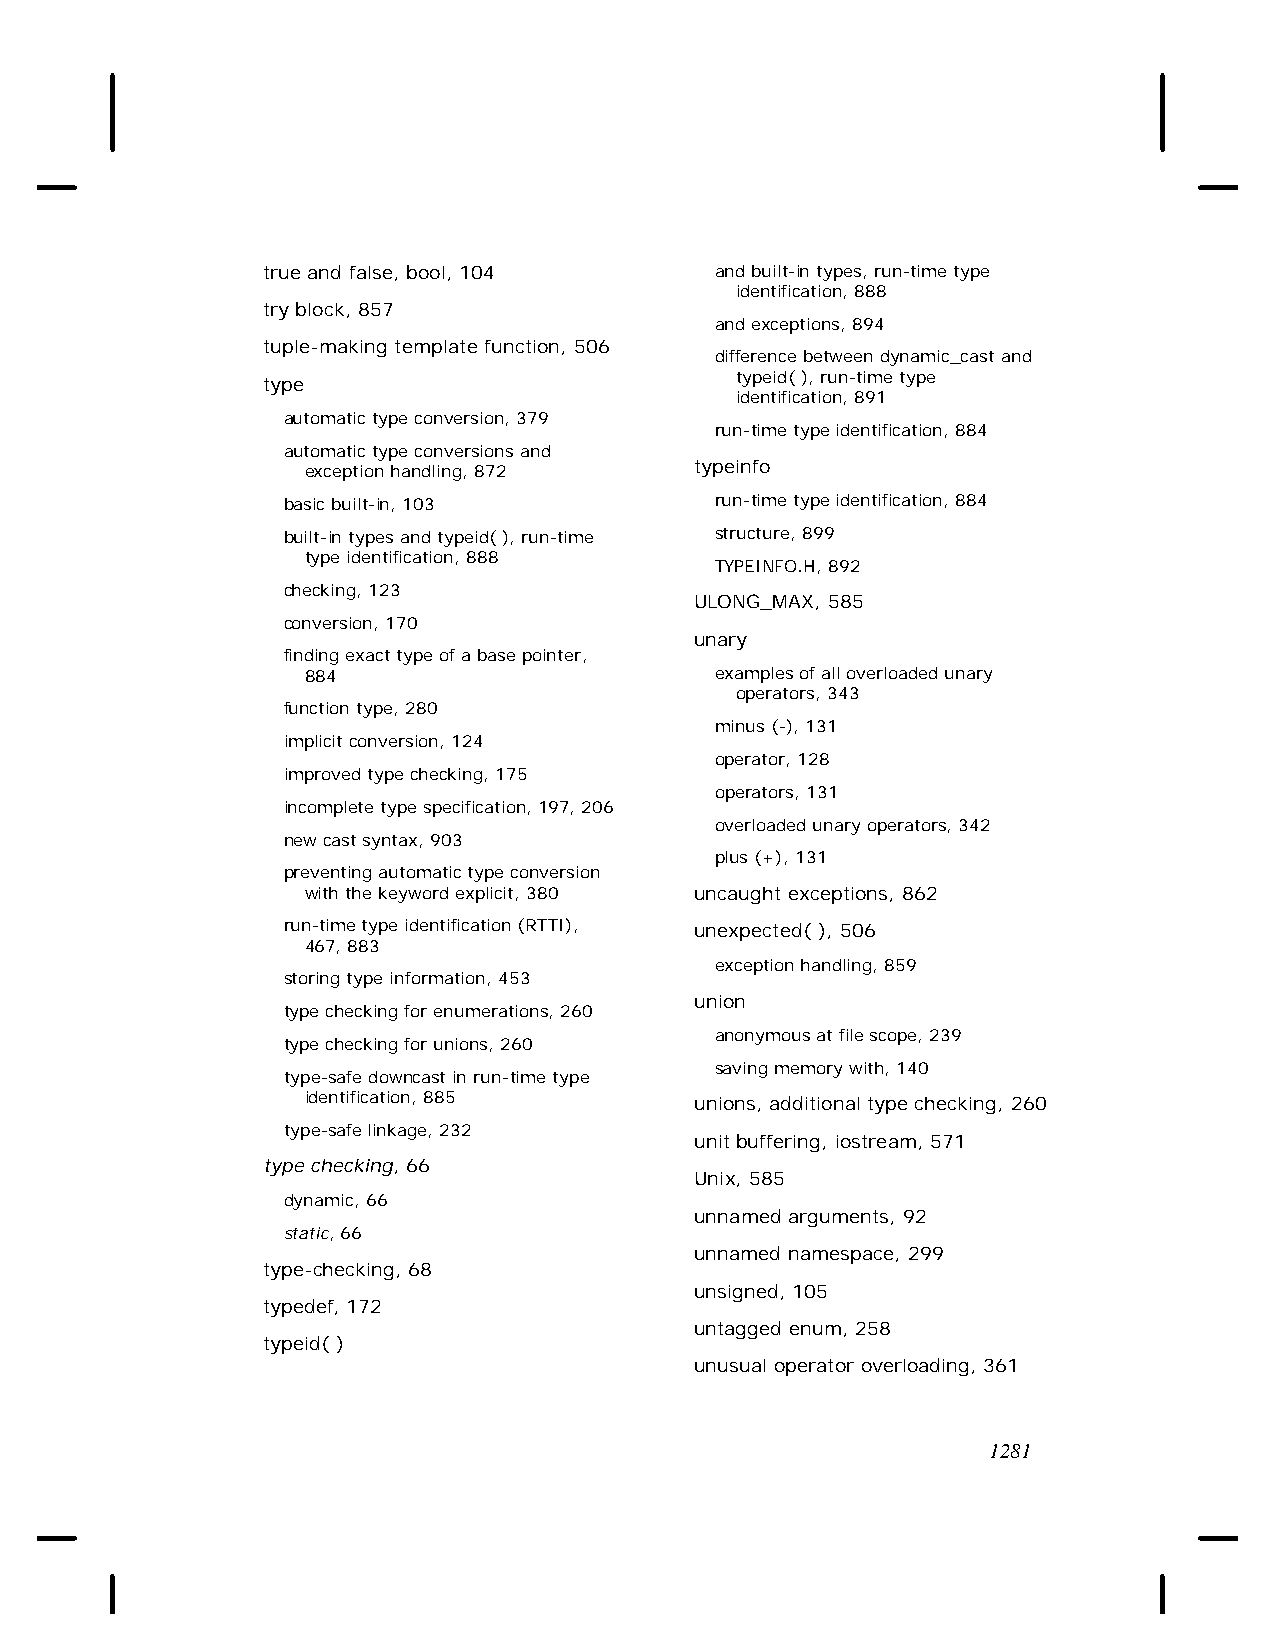
true and false, bool, 104     and built-in types, run-time type
 identification, 888
 try block, 857
 and exceptions, 894
 tuple-making template function, 506
 difference between dynamic_cast and
 typeid( ), run-time type
 type
 identification, 891
 automatic type conversion, 379
 run-time type identification, 884
 automatic type conversions and
 typeinfo
 exception handling, 872
 basic built-in, 103         run-time type identification, 884
 built-in types and typeid( ), run-time structure, 899
 type identification, 888
 TYPEINFO.H, 892
 checking, 123
 ULONG_MAX, 585
 conversion, 170
 unary
 finding exact type of a base pointer,
 884                        examples of all overloaded unary
 operators, 343
 function type, 280
 minus (-), 131
 implicit conversion, 124
 operator, 128
 improved type checking, 175
 operators, 131
 incomplete type specification, 197, 206
 overloaded unary operators, 342
 new cast syntax, 903
 plus (+), 131
 preventing automatic type conversion
 with the keyword explicit, 380 uncaught exceptions, 862
 run-time type identification (RTTI), unexpected( ), 506
 467, 883
 exception handling, 859
 storing type information, 453
 union
 type checking for enumerations, 260
 anonymous at file scope, 239
 type checking for unions, 260
 saving memory with, 140
 type-safe downcast in run-time type
 identification, 885       unions, additional type checking, 260
 type-safe linkage, 232
 unit buffering, iostream, 571
 type checking, 66
 Unix, 585
 dynamic, 66
 unnamed arguments, 92
 static, 66
 unnamed namespace, 299
 type-checking, 68
 unsigned, 105
 typedef, 172
 untagged enum, 258
 typeid( )
 unusual operator overloading, 361
 1281